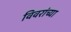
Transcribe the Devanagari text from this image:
विवरांच्या